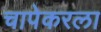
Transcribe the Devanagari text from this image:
चापेकरला